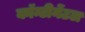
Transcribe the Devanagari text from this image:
कॉन्टीनेंटल